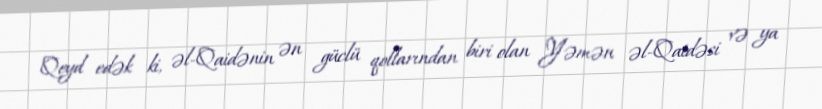
Qeyd edək ki, əl-Qaidənin ən güclü qollarından biri olan Yəmən əl-Qaidəsi və ya